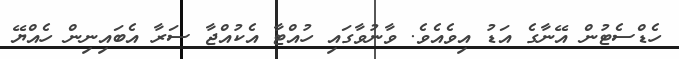
ހެޑްސެޓުން އޭނާގެ އަޑު އިވެއެވެ. ވާނުވާގައި ހުއްޓާ އެކުއްޖާ ސަރާ އެބައިނިން ހެއްޔޭ